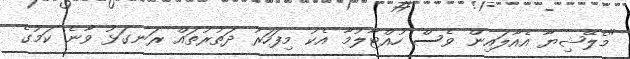
"މެލޭޝިޔާ އެއާލައިން ވެސް ހުއްޓާލުމާ އެކު މިފަހަރު ދަތުރުތައް ރަނގަޅު ވާނެ ކަމުގެ